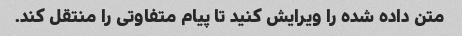
متن داده شده را ویرایش کنید تا پیام متفاوتی را منتقل کند.